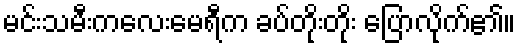
မင်းသမီးကလေးမေရီက ခပ်တိုးတိုး ပြောလိုက်၏။